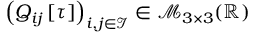
\left( Q _ { i j } \left[ \tau \right] \right) _ { i , j \in \mathcal { I } } \in \mathcal { M } _ { 3 \times 3 } ( \mathbb { R } )